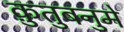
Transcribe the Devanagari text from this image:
क़ुतुबनुमे